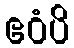
ဧဝံပိ